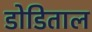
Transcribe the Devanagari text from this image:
डोडिताल